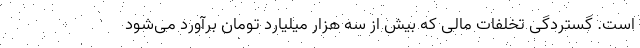
است. گستردگی تخلفات مالی که بیش از سه هزار میلیارد تومان برآورد می‌شود